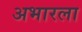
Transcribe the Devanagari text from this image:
अभारला